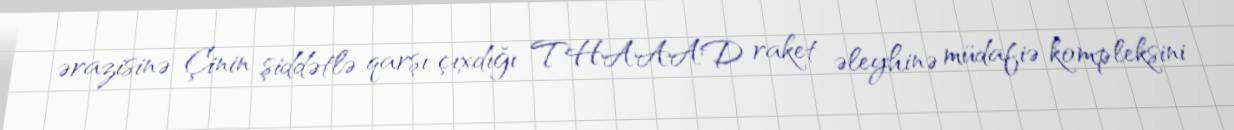
ərazisinə Çinin şiddətlə qarşı çıxdığı THAAAD raket əleyhinə müdafiə kompleksini